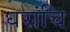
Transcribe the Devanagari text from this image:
घरांचि